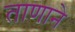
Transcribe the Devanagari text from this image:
ताणाने